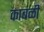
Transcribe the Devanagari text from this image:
काबंळी